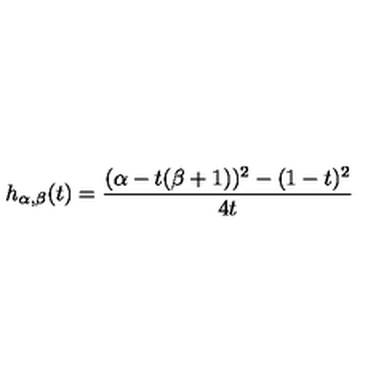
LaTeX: h _ { \alpha , \beta } ( t ) = \frac { ( \alpha - t ( \beta + 1 ) ) ^ { 2 } - ( 1 - t ) ^ { 2 } } { 4 t }